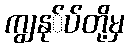
ကျွနု်ပ်တို့မှ